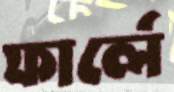
ফার্লে